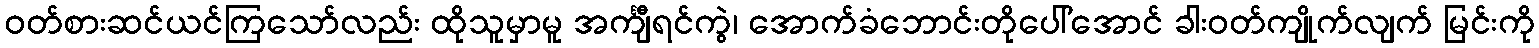
ဝတ်စားဆင်ယင်ကြသော်လည်း ထိုသူမှာမူ အင်္ကျီရင်ကွဲ၊ အောက်ခံဘောင်းတိုပေါ်အောင် ခါးဝတ်ကျိုက်လျက် မြင်းကို